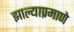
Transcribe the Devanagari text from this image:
झाल्याप्रमाणे